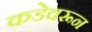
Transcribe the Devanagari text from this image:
कडेवरून